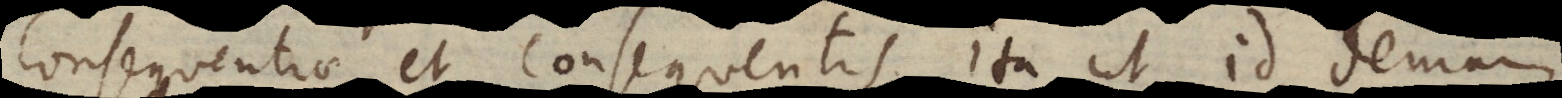
consequentiae et consequentis. Ita ut id demum